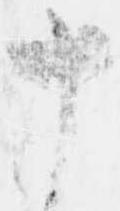
十